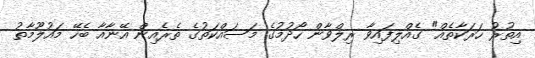
އިތުރު ހަރަކާތެއް" ގެއްލިފައިވާ ރިލްވާން ހޯދުމުގެ މަސައްކަތުގެ ތެރެއިން އޭނާއާ ބެހޭ މައުލޫމާތު